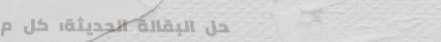
محل البقالة الحديثة: كل م